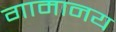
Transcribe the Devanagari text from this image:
गामानय